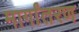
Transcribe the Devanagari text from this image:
मार्गांतरण